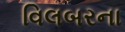
વિલબરના